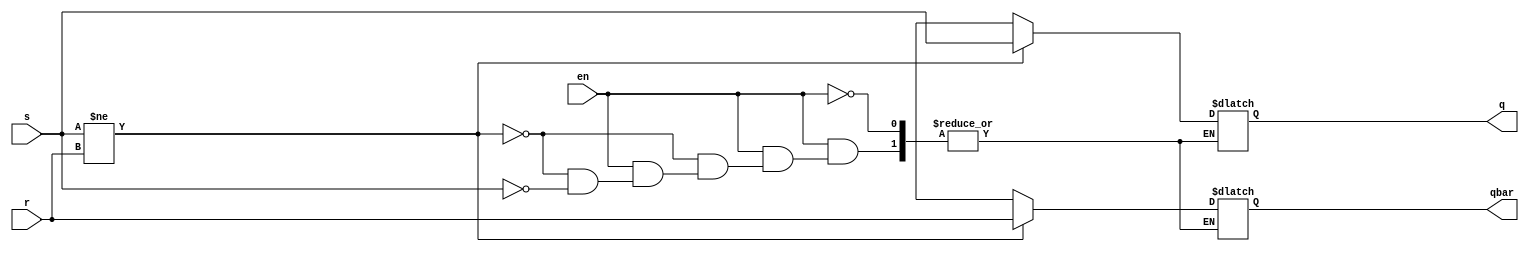
module ClockedSRLatch(input s,r,en,output reg q,qbar);
always@(*)
begin
if(en)
begin
if(s!=r)
begin
q=s;qbar=r;
end
else if(s)
begin
q=1'bz;qbar=1'bz;
end
end
end
endmodule